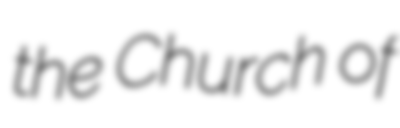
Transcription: the Church of